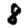
Digit: 8